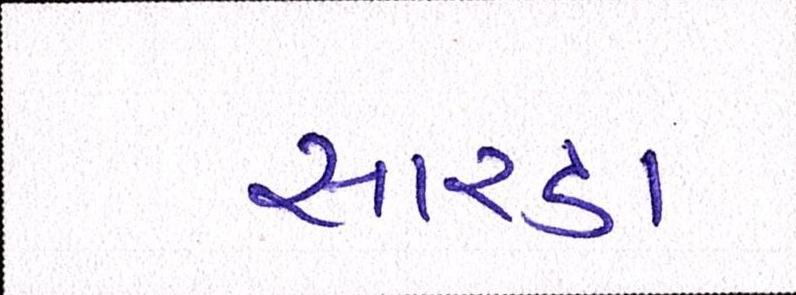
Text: સારડા